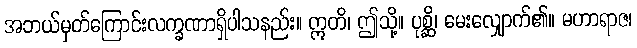
အဘယ်မှတ်ကြောင်းလက္ခဏာရှိပါသနည်း။ ဣတိ၊ ဤသို့။ ပုစ္ဆိ၊ မေးလျှောက်၏။ မဟာရာဇ၊